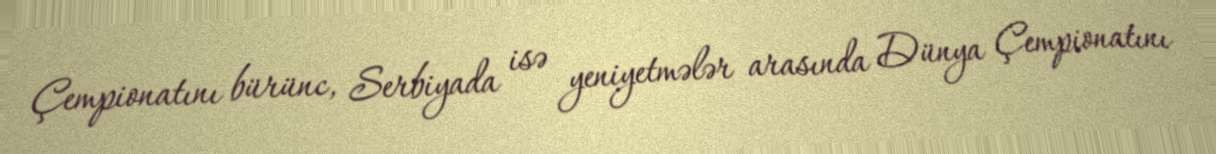
Çempionatını bürünc, Serbiyada isə yeniyetmələr arasında Dünya Çempionatını